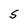
Character: S